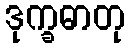
ဒုက္ခဓာတု